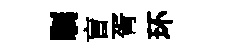
瞩盲胥环